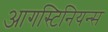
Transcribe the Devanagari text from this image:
आगस्टिनियन्स